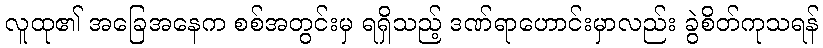
လူထု၏ အခြေအနေက စစ်အတွင်းမှ ရရှိသည့် ဒဏ်ရာဟောင်းမှာလည်း ခွဲစိတ်ကုသရန်